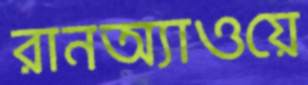
রানঅ্যাওয়ে